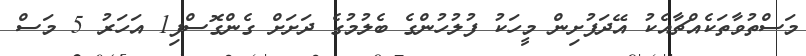
މަސްތުވާތަކެއްޗާއެކު އޭދަފުށިން މީހަކު ފުލުހުންގެ ބެލުމުގެ ދަށަށް ގެންގޮސްފި1 އަހަރު 5 މަސް